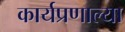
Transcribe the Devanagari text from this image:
कार्यप्रणाल्या